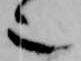
也